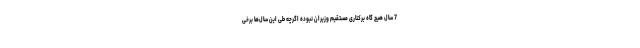
7 سال هیچ گاه برکناری مستقیم وزیران نبوده اگرچه طی این سال‌ها برخی